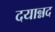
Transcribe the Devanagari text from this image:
दयान्नद